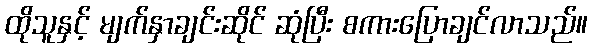
ထိုသူနှင့် မျက်နှာချင်းဆိုင် ဆုံပြီး စကားပြောချင်လာသည်။